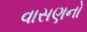
વાસણનો